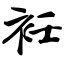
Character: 衽